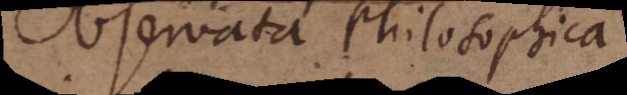
Observata Philosophica